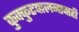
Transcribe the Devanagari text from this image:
कुक्कुटपालनाचाही